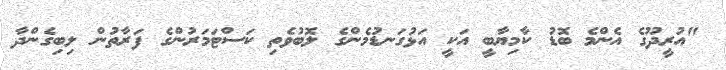
"އުރީދޫގެ އެންމެ ބޮޑު ކާމިޔާބީ އަކީ އަޅުގަނޑުމެންގެ ލޮބުވެތި ކަސްޓަމަރުންގެ ފަރާތުން ލިބިގެންދާ